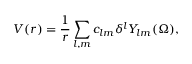
V ( r ) = \frac { 1 } { r } \sum _ { l , m } c _ { l m } \delta ^ { l } Y _ { l m } ( \Omega ) ,